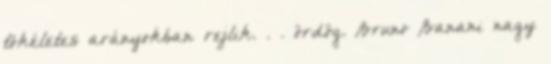
tökéletes arányokban rejlik. . . ördög. Bruno Banani nagy